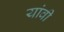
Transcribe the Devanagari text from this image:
यांवी